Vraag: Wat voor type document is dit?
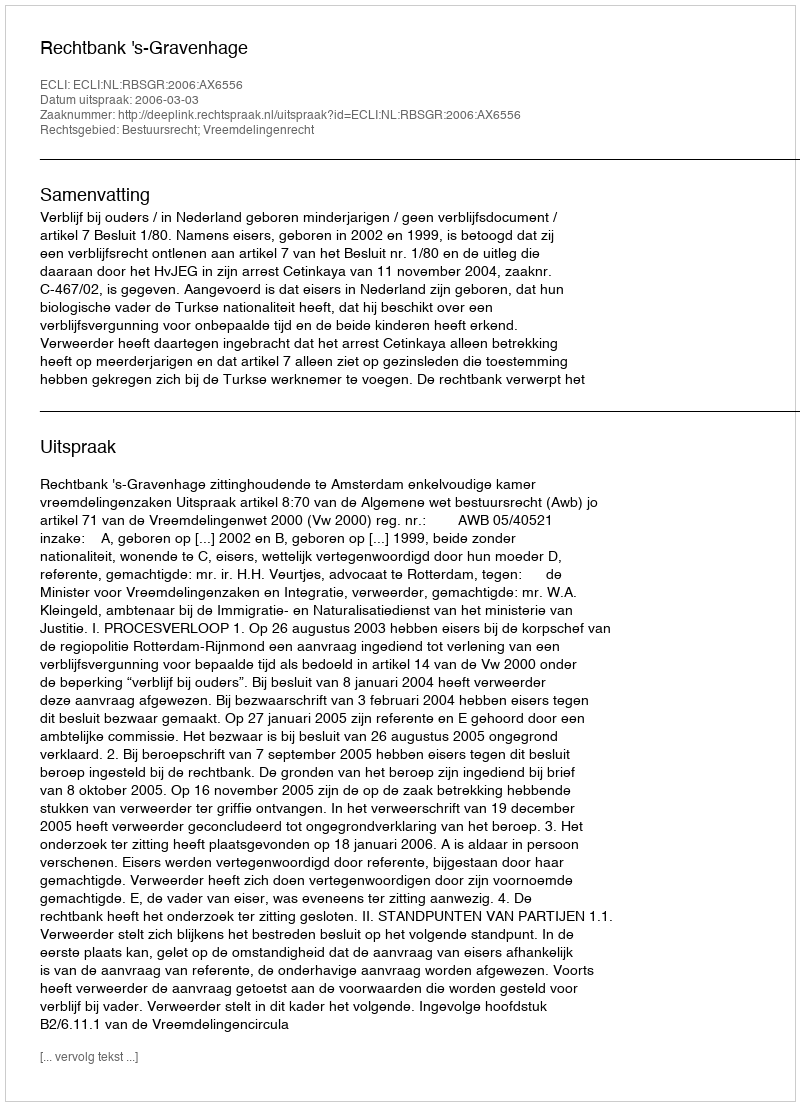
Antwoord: Uitspraak